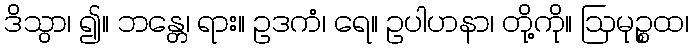
ဒိသွာ၊ ၍။ ဘန္တေ၊ ရား။ ဥဒကံ၊ ရေ။ ဥပါဟနာ၊ တို့ကို။ ဩမုဉ္စထ၊